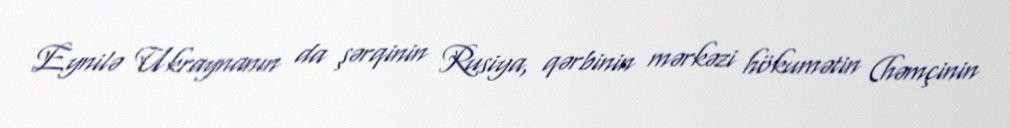
Eynilə Ukraynanın da şərqinin Rusiya, qərbinin mərkəzi hökumətin (həmçinin